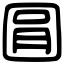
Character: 㘣